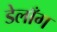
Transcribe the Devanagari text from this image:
डेलाँग